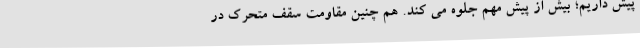
پیش داریم؛ بیش از پیش مهم جلوه می کند. هم چنین مقاومت سقف متحرک در